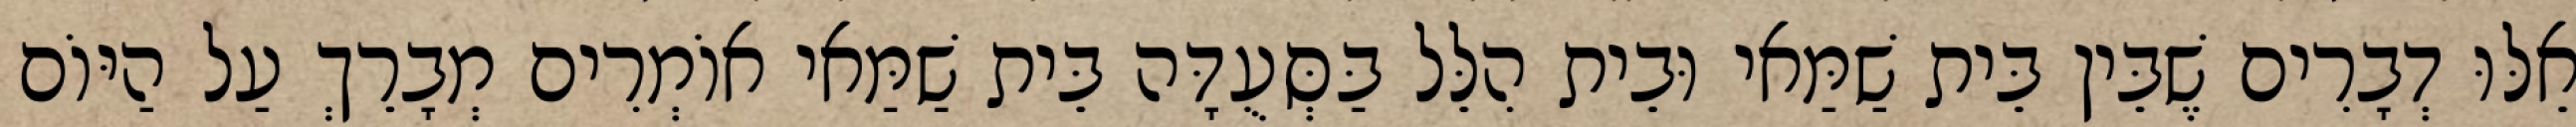
אֵלּוּ דְבָרִים שֶׁבֵּין בֵּית שַׁמַּאי וּבֵית הִלֵּל בַּסְּעֻדָּה בֵּית שַׁמַּאי אוֹמְרִים מְבָרֵךְ עַל הַיּוֹם